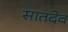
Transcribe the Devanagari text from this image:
सातदेव